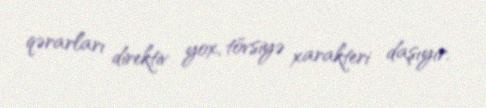
qərarları direktiv yox, tövsiyə xarakteri daşıyır.